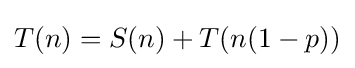
T(n)=S(n)+T(n(1-p))